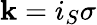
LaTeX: \mathbf{k}=i_{S}\sigma